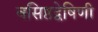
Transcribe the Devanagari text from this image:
वसिष्ठद्वेषिणी